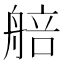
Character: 𦩜